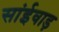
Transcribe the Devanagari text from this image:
सांईवाड़